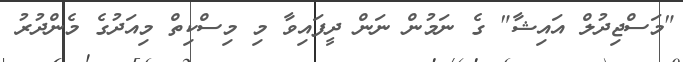
"މަސްޖިދުލް އައިޝާ" ގެ ނަމުން ނަން ދީފައިވާ މި މިސްކިތް މިއަދުގެ މެންދުރު